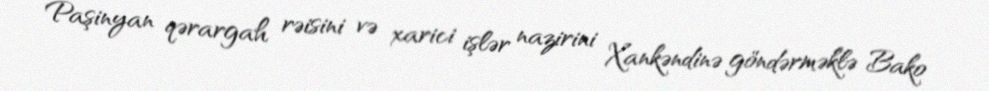
Paşinyan qərargah rəisini və xarici işlər nazirini Xankəndinə göndərməklə Bako